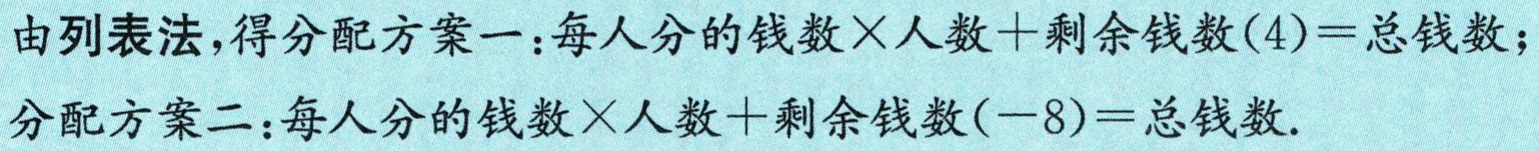
由列表法,得分配方案一：每人分的钱数$\times$人数$+$剩余钱数$(4)=$总钱数；

分配方案二：每人分的钱数$\times$人数$+$剩余钱数$(-8)=$总钱数.